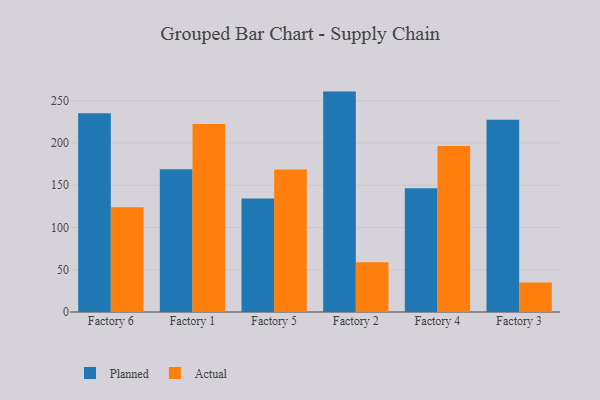
{"axis": {"x": "Factory", "y": "Humidity (%)"}, "legend": ["Actual", "Planned"], "data": [{"x": "Factory 6", "y": 235.3, "type": "Planned"}, {"x": "Factory 6", "y": 124.0, "type": "Actual"}, {"x": "Factory 1", "y": 169.0, "type": "Planned"}, {"x": "Factory 1", "y": 222.5, "type": "Actual"}, {"x": "Factory 5", "y": 134.2, "type": "Planned"}, {"x": "Factory 5", "y": 168.6, "type": "Actual"}, {"x": "Factory 2", "y": 260.8, "type": "Planned"}, {"x": "Factory 2", "y": 58.8, "type": "Actual"}, {"x": "Factory 4", "y": 146.4, "type": "Planned"}, {"x": "Factory 4", "y": 196.3, "type": "Actual"}, {"x": "Factory 3", "y": 227.4, "type": "Planned"}, {"x": "Factory 3", "y": 34.8, "type": "Actual"}]}